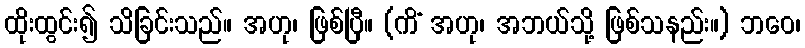
ထိုးထွင်း၍ သိခြင်းသည်။ အဟု၊ ဖြစ်ပြီ။ (ကိံ အဟု၊ အဘယ်သို့ ဖြစ်သနည်း။) ဘဝေ၊